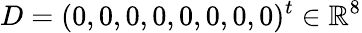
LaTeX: D=(0,0,0,0,0,0,0,0)^{t}\in\mathbb{R}^{8}